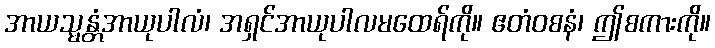
အာယသ္မန္တံအာယုပါလံ၊ အရှင်အာယုပါလမထေရ်ကို။ ဧတံဝစနံ၊ ဤစကားကို။